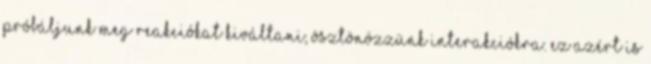
Próbáljunk meg reakciókat kiváltani, ösztönözzünk interakciókra. Ez azért is